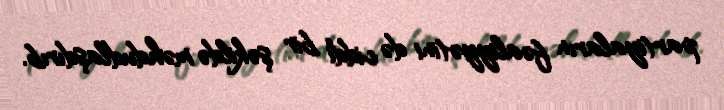
partiyaların fəaliyyətini də ciddi bir şəkildə məhdudlaşdırıb.